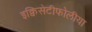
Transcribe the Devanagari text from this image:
इक्विसेटीफोलीया